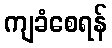
ကျခံစေရန်